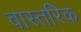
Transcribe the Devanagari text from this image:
वास्तरिक